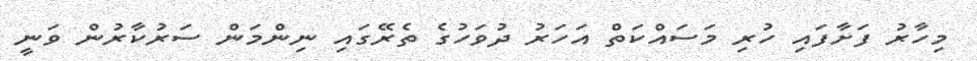
މިހާރު ފަށާފައި ހުރި މަސައްކަތް އަހަރު ދުވަހުގެ ތެރޭގައި ނިންމަން ސަރުކާރުން ވަނީ